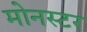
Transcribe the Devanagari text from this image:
मोनस्टर